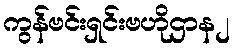
ကွန်ဗင်းရှင်းဗဟိုဌာန၂